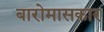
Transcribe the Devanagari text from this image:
बारोमासकार